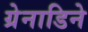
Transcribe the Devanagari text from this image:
ग्रेनाडिने